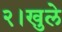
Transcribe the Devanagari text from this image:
२।खुले